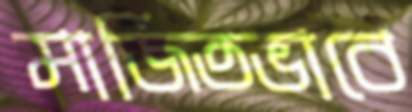
মার্জিতভাবে